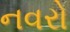
નવરો